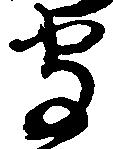
守